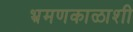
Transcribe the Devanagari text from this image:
भ्रमणकाळाशी